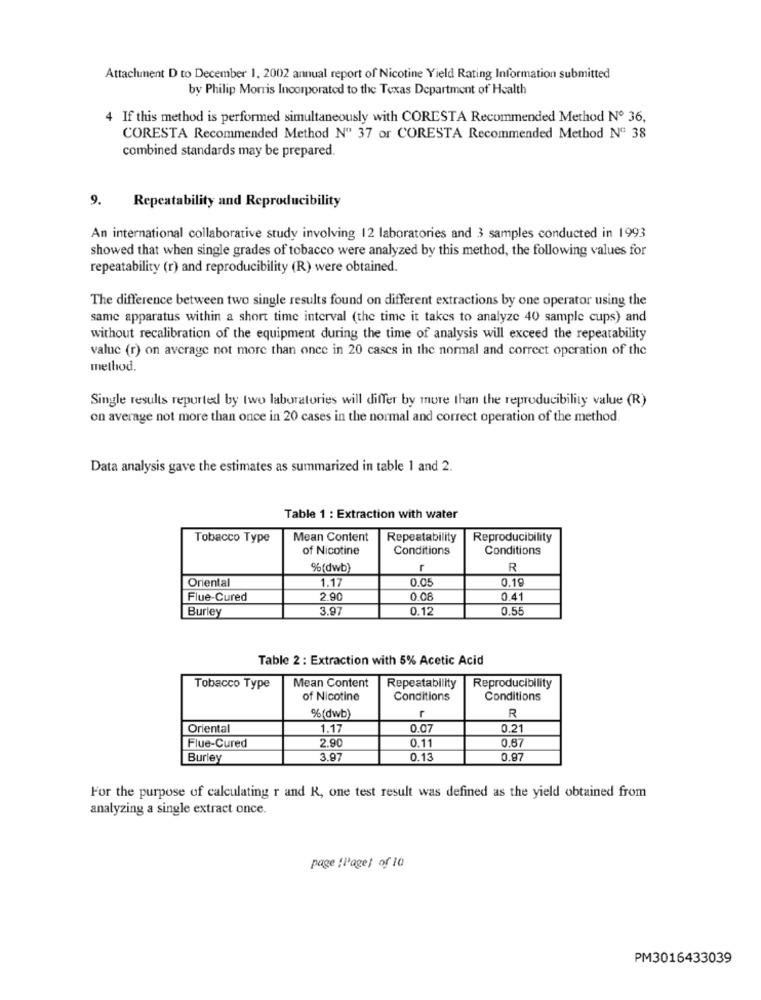
Attachment D to December 1, 2002 annual report of Nicotine Yield Rating Information submitted
by Philip Morris Incorporated to the Texas Department of Health
4 If this method is performed simultaneously with CORESTA Recommended Method Nº 36,
CORESTA Recommended Method Nº 37 or CORESTA Recommended Method Nº 38
combined standards may be prepared.
9. Repeatability and Reproducibility
An international collaborative study involving 12 laboratories and 3 samples conducted in 1993
showed that when single grades of tobacco were analyzed by this method, the following values for
repeatability (r) and reproducibility (R) were obtained.
The difference between two single results found on different extractions by one operator using the
same apparatus within a short time interval (the time it takes to analyze 40 sample cups) and
without recalibration of the equipment during the time of analysis will exceed the repeatability
valuc (r) on average not more than once in 20 cases in the normal and correct operation of the
method.
Single results reported by two laboratories will differ by more than the reproducibility value (R)
on average not more than once in 20 cases in the normal and correct operation of the method.
Data analysis gave the estimates as summarized in table 1 and 2.
Table 1 : Extraction with water
Tobacco Type
Mean Content
Repeatability
Reproducibility
of Nicotine
Conditions
Conditions
%(dwb)
r
R
Oriental
1.17
0.05
0.19
Flue-Cured
2.90
0.08
0.41
Burley
3.97
0.12
0.5
Table 2 : Extraction with 5% Acetic Acid
Mean Content
Tobacco Type
Repeatability
Reproducibility
of Nicotine
Conditions
Conditions
r
R
%(dwb)
Oriental
1.17
0.0
0.21
2.90
0.11
0.87
Flue-Cured
Burley
3.97
0.13
0.97
For the purpose of calculating r and R, one test result was defined as the yield obtained from
analyzing a single extract once.
page :Pagel of 10
PM3016433039